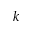
k